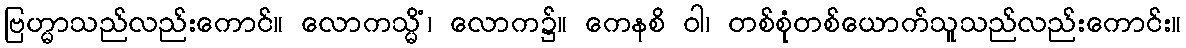
ဗြဟ္မာသည်လည်းကောင်။ လောကသ္မိံ၊ လောက၌။ ကေနစိ ဝါ၊ တစ်စုံတစ်ယောက်သူသည်လည်းကောင်း။